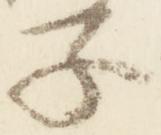
子